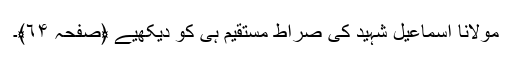
مولانا اسماعیل شہید کی صراط مستقیم ہی کو دیکھیے ﴿صفحہ ٦۴﴾۔